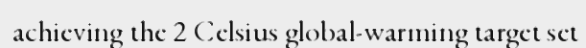
achieving the 2 Celsius global-warming target set